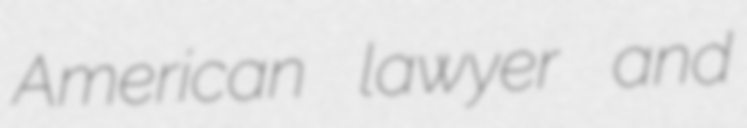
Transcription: American lawyer and